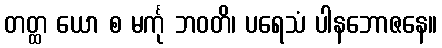
တတ္ထ ယော စ မင်္ကု ဘဝတိ၊ ပရေသံ ပါနဘောဇနေ။